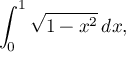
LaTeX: \int _ { 0 } ^ { 1 } { \sqrt { 1 - x ^ { 2 } } } \, d x ,